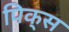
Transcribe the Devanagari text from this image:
पिक्‌स